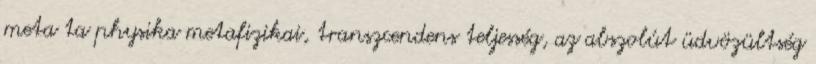
meta ta physika metafizikai, transzcendens teljesség, az abszolút üdvözültség